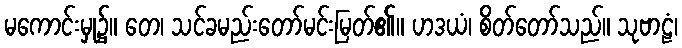
မကောင်းမှု၌။ တေ၊ သင်ခမည်းတော်မင်းမြတ်၏။ ဟဒယံ၊ စိတ်တော်သည်။ သုဗာဠံ၊